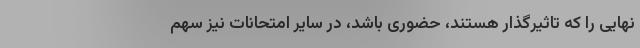
نهایی را که تاثیرگذار هستند، حضوری باشد، در سایر امتحانات نیز سهم